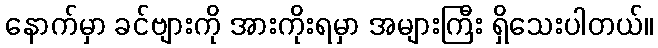
နောက်မှာ ခင်ဗျားကို အားကိုးရမှာ အများကြီး ရှိသေးပါတယ်။